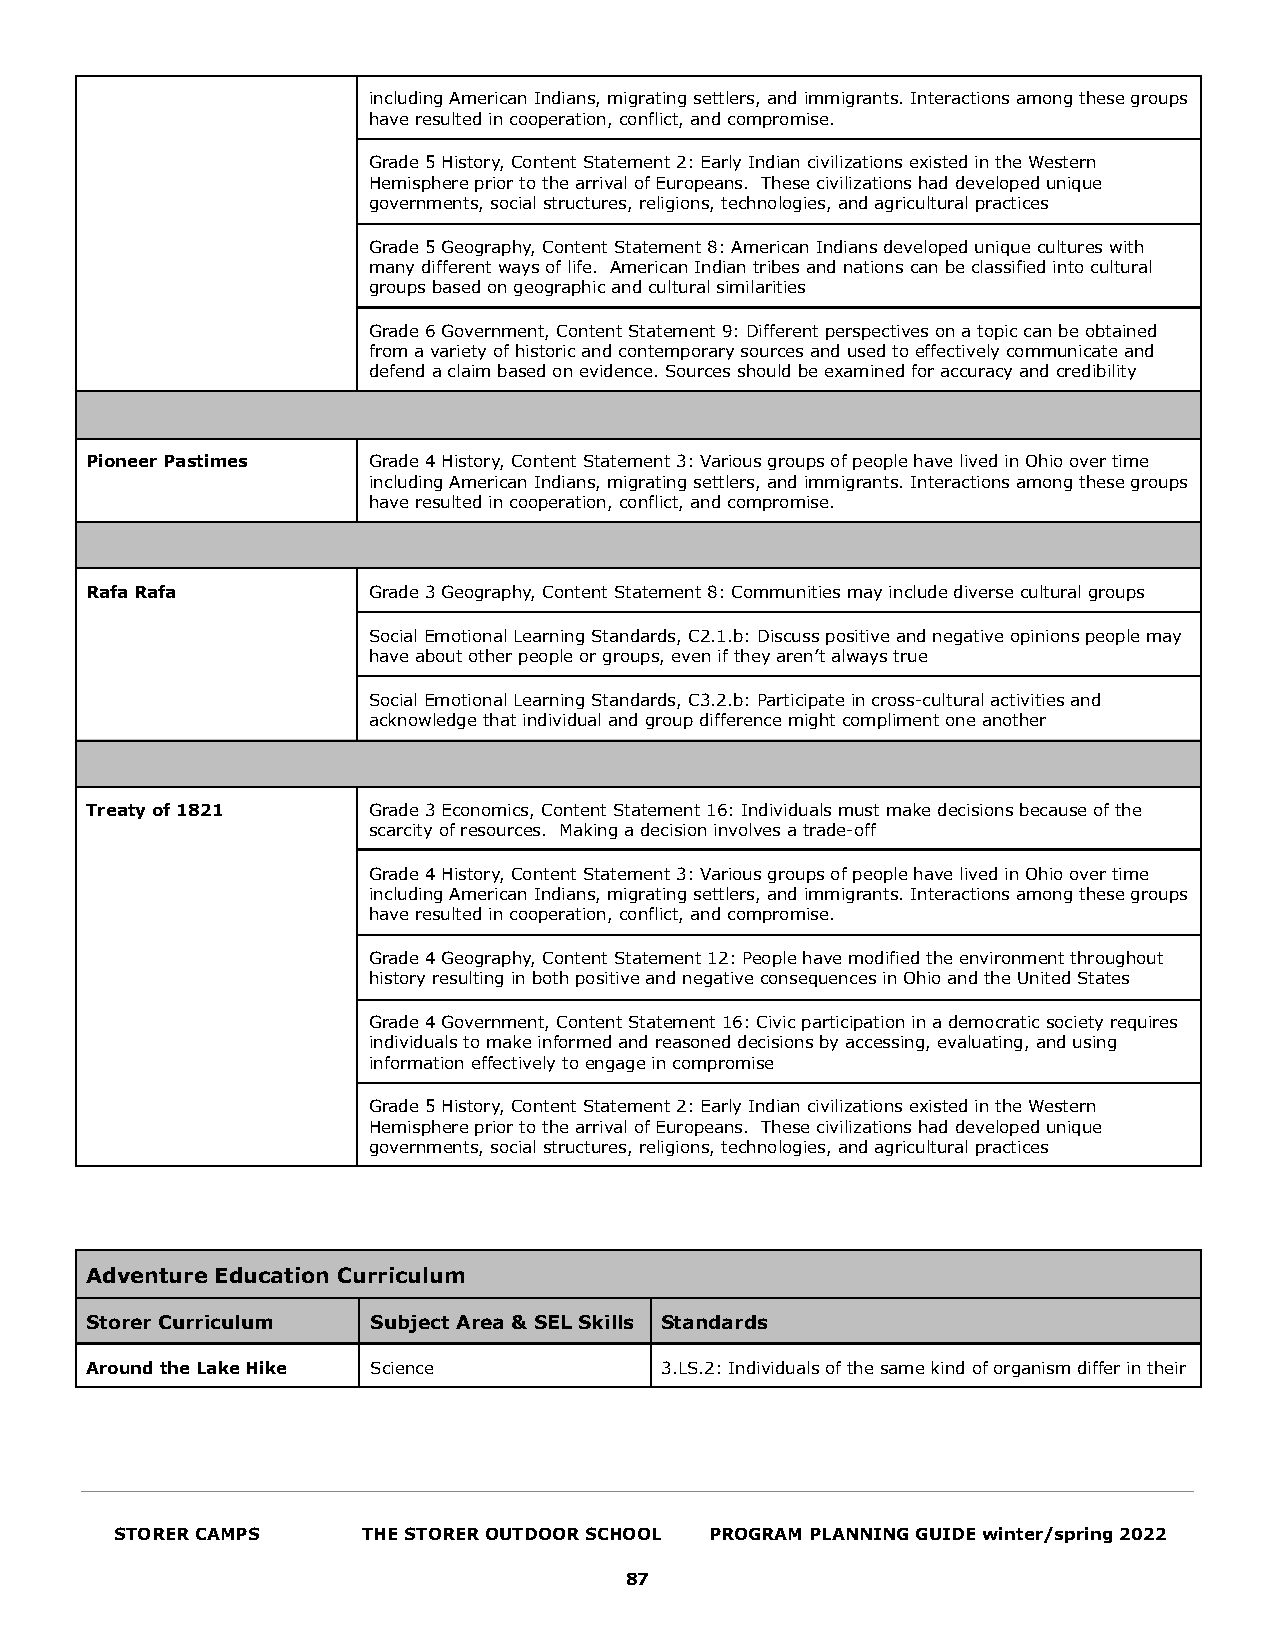
including American Indians, migrating settlers, and immigrants. Interactions among these groups
 have resulted in cooperation, conflict, and compromise.
 Grade 5 History, Content Statement 2: Early Indian civilizations existed in the Western
 Hemisphere prior to the arrival of Europeans. These civilizations had developed unique
 governments, social structures, religions, technologies, and agricultural practices
 Grade 5 Geography, Content Statement 8: American Indians developed unique cultures with
 many different ways of life. American Indian tribes and nations can be classified into cultural
 groups based on geographic and cultural similarities
 Grade 6 Government, Content Statement 9: Different perspectives on a topic can be obtained
 from a variety of historic and contemporary sources and used to effectively communicate and
 defend a claim based on evidence. Sources should be examined for accuracy and credibility
 Pioneer Pastimes  Grade 4 History, Content Statement 3: Various groups of people have lived in Ohio over time
 including American Indians, migrating settlers, and immigrants. Interactions among these groups
 have resulted in cooperation, conflict, and compromise.
 Rafa Rafa         Grade 3 Geography, Content Statement 8: Communities may include diverse cultural groups
 Social Emotional Learning Standards, C2.1.b: Discuss positive and negative opinions people may
 have about other people or groups, even if they aren’t always true
 Social Emotional Learning Standards, C3.2.b: Participate in cross-cultural activities and
 acknowledge that individual and group difference might compliment one another
 Treaty of 1821    Grade 3 Economics, Content Statement 16: Individuals must make decisions because of the
 scarcity of resources. Making a decision involves a trade-off
 Grade 4 History, Content Statement 3: Various groups of people have lived in Ohio over time
 including American Indians, migrating settlers, and immigrants. Interactions among these groups
 have resulted in cooperation, conflict, and compromise.
 Grade 4 Geography, Content Statement 12: People have modified the environment throughout
 history resulting in both positive and negative consequences in Ohio and the United States
 Grade 4 Government, Content Statement 16: Civic participation in a democratic society requires
 individuals to make informed and reasoned decisions by accessing, evaluating, and using
 information effectively to engage in compromise
 Grade 5 History, Content Statement 2: Early Indian civilizations existed in the Western
 Hemisphere prior to the arrival of Europeans. These civilizations had developed unique
 governments, social structures, religions, technologies, and agricultural practices
 Adventure Education Curriculum
 Storer Curriculum  Subject Area & SEL Skills Standards
 Around the Lake Hike Science          3.LS.2: Individuals of the same kind of organism differ in their
 STORER CAMPS    THE STORER OUTDOOR SCHOOL PROGRAM PLANNING GUIDE winter/spring 2022
 87